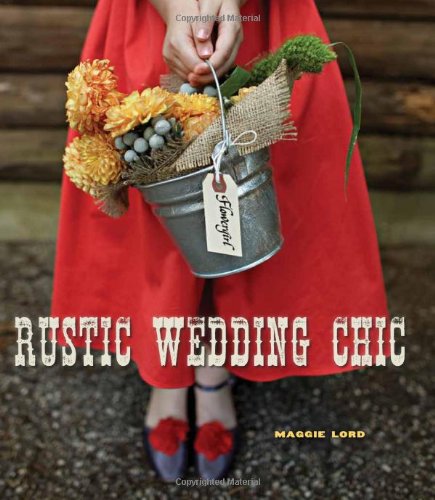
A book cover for Rustic Wedding Chic; Maggie Lord; Crafts, Hobbies & Home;